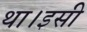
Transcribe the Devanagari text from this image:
था।इसी